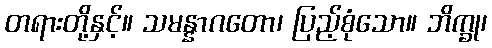
တရားတို့နှင့်။ သမန္နာဂတော၊ ပြည့်စုံသော။ ဘိက္ခု၊